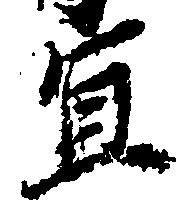
宜